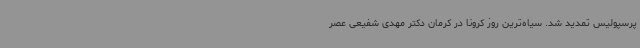
پرسپولیس تمدید شد. سیاه‌ترین روز کرونا در کرمان دکتر مهدی شفیعی عصر